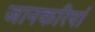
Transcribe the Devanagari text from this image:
जानकरियां